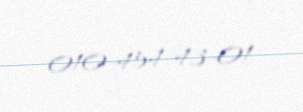
010-454-43-01